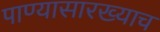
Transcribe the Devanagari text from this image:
पाण्यासारख्याच